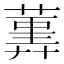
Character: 𦻠